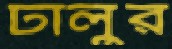
ঢালুর